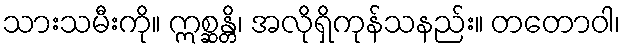
သားသမီးကို။ ဣစ္ဆန္တိ၊ အလိုရှိကုန်သနည်း။ တတောဝါ၊